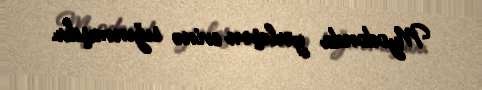
Myodonda yerləşən evinə sığınmışdır.